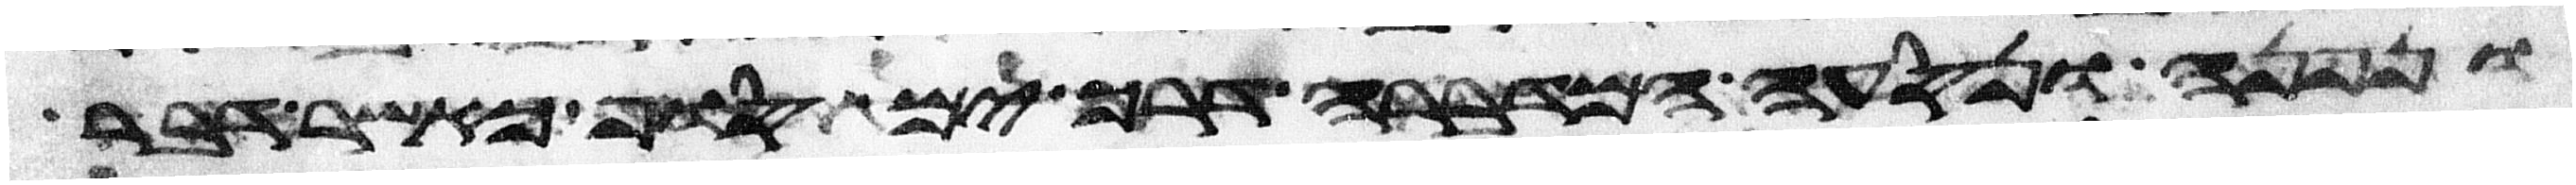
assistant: ונפנה ונסעה המדברה דרך ים סוף כאשר דבר